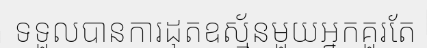
ទទួលបានការដុតឧស្ម័នមួយអ្នកគួរតែ